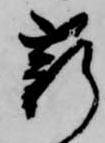
薪